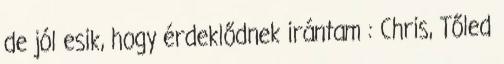
de jól esik, hogy érdeklődnek irántam : Chris, Tőled